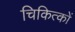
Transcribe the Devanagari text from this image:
चिकित्कों